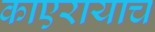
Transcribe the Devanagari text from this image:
काएरायाच